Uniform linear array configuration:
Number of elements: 32
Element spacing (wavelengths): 0.75
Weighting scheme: hann
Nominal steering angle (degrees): -60
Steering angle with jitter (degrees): -58.314
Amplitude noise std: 0.05
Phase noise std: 0.05

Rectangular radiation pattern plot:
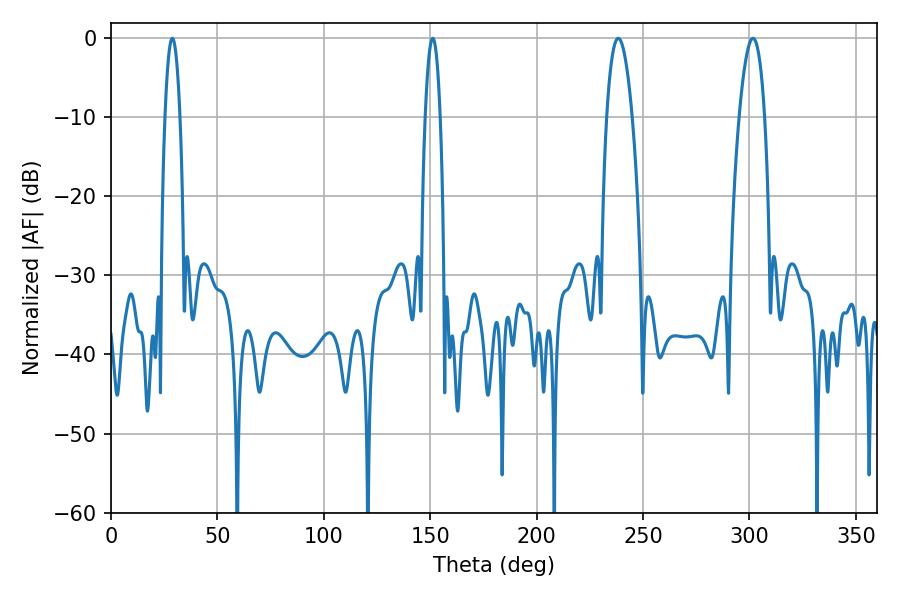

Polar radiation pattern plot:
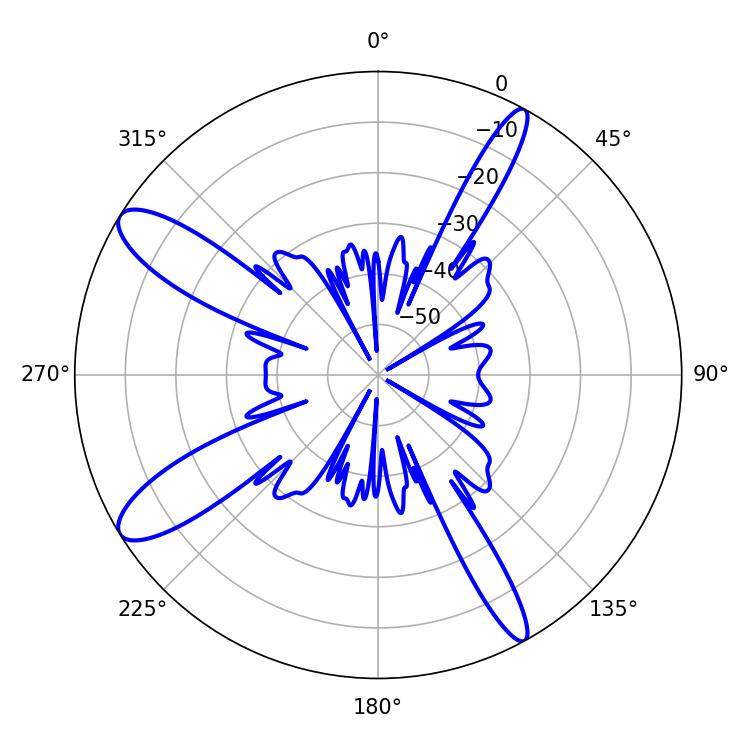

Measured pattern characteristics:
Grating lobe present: TRUE
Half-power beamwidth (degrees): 6.66
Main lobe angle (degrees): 238.32